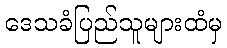
ဒေသခံပြည်သူများထံမှ